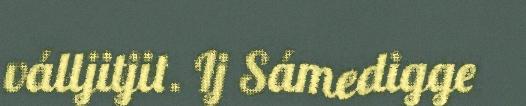
válljitjit. Ij Sámedigge